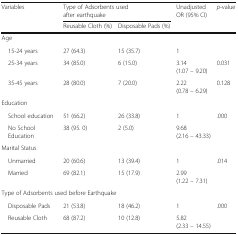
| <ROWSPAN=2> Variables | <COLSPAN=2> Type of Adsorbents used after earthquake | <ROWSPAN=2> Unadjusted OR (95% CI) | <ROWSPAN=2> p-value |
 | Reusable Cloth (%) | Disposable Pads (%) |
 | --- | --- | --- | --- | --- |
 | <COLSPAN=5> Age |
 | 15-24 years | 27 (64.3) | 15 (35.7) | 1 |  |
 | 25-34 years | 34 (85.0) | 6 (15.0) | 3.14 (1.07 – 9.20) | 0.031 |
 | 35-45 years | 28 (80.0) | 7 (20.0) | 2.22 (0.78 – 6.29) | 0.128 |
 | <COLSPAN=5> Education |
 | School education | 51 (66.2) | 26 (33.8) | 1 | .000 |
 | No School Education | 38 (95. 0) | 2 (5.0) | 9.68 (2.16 – 43.33) |  |
 | <COLSPAN=5> Marital Status |
 | Unmarried | 20 (60.6) | 13 (39.4) | 1 | .014 |
 | Married | 69 (82.1) | 15 (17.9) | 2.99 (1.22 – 7.31) |  |
 | <COLSPAN=5> Type of Adsorbents used before Earthquake |
 | Disposable Pads | 21 (53.8) | 18 (46.2) | 1 | .000 |
 | Reusable Cloth | 68 (87.2) | 10 (12.8) | 5.82 (2.33 – 14.55) |  |